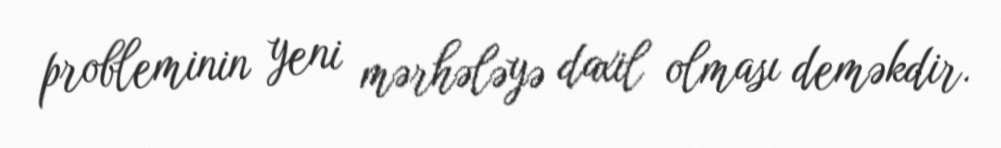
probleminin yeni mərhələyə daxil olması deməkdir.